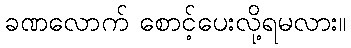
ခဏလောက် စောင့်ပေးလို့ရမလား။